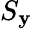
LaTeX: S_{\mathbf{y}}